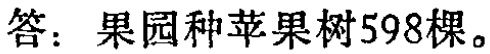
答：果园种苹果树598棵。